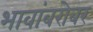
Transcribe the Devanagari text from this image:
भावांबरोबर